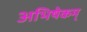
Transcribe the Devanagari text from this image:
अभिषेकम्